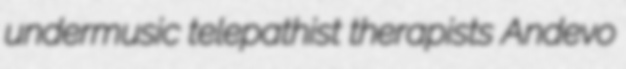
undermusic telepathist therapists Andevo